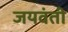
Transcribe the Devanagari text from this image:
जयवंती